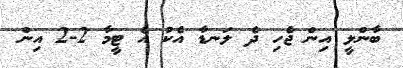
ބާންލީ އިން ޖެހި ދެ ލަނޑާ އެކު އެ ޓީމާ 2-2 އިން